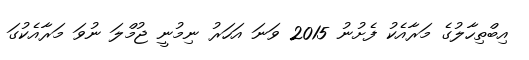
އިބްތިހާލުގެ މަރާއެކު ފެށުނު 2015 ވަނަ އަހަރު ނިމުނީ ޖުމްލަ ނުވަ މަރާއެކުގަ